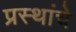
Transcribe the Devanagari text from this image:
प्रस्थांचे